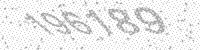
Solution: 196189